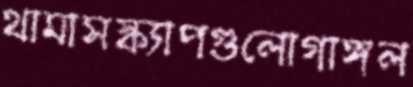
থামাসস্ক্যাপগুলোগাঙ্গল